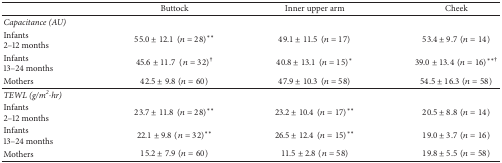
|  | Buttock | Inner upper arm | Cheek |
 | --- | --- | --- | --- |
 | Capacitance (AU) |  |  |  |
 | Infants2–12 months | 55.0 ± 12.1(n = 28)∗∗ | 49.1 ± 11.5(n = 17) | 53.4 ± 9.7(n = 14) |
 | Infants13–24 months | 45.6 ± 11.7(n = 32)† | 40.8 ± 13.1(n = 15)∗ | 39.0 ± 13.4(n = 16)∗∗† |
 | Mothers | 42.5 ± 9.8(n = 60) | 47.9 ± 10.3(n = 58) | 54.5 ± 16.3(n = 58) |
 | TEWL (g/m2·hr) |  |  |  |
 | Infants2–12 months | 23.7 ± 11.8(n = 28)∗∗ | 23.2 ± 10.4(n = 17)∗∗ | 20.5 ± 8.8(n = 14) |
 | Infants13–24 months | 22.1 ± 9.8(n = 32)∗∗ | 26.5 ± 12.4(n = 15)∗∗ | 19.0 ± 3.7(n = 16) |
 | Mothers | 15.2 ± 7.9(n = 60) | 11.5 ± 2.8(n = 58) | 19.8 ± 5.5(n = 58) |